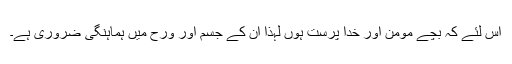
اس لئے کہ بچے مومن اور خدا پرست ہوں لہذا ان کے جسم اور ورح میں ہماہنگی ضروری ہے۔